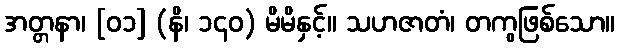
အတ္တနာ၊ [၀၁] (နိ၊ ၁၄၀) မိမိနှင့်။ သဟဇာတံ၊ တကွဖြစ်သော။